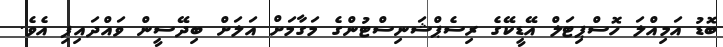
ބޮޑު އަމިއްލަ ހޮސްޕިޓަލް އޭޑީކޭގެ ރިސެޕްޝަނިސްޓުންގެ މަގާމަށް އަލަށް ބިދޭސީން ވައްދައިފި އެވެ.